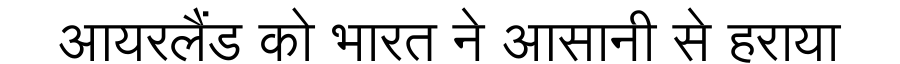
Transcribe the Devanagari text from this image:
आयरलैंड को भारत ने आसानी से हराया